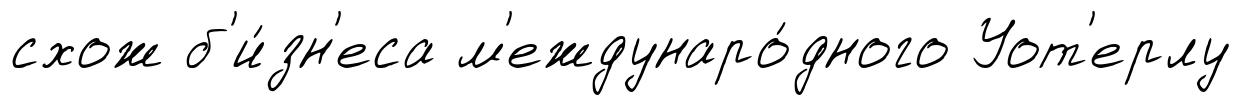
схож б'и́зн'еса м'еждунаро́дного Уот'ерлу